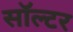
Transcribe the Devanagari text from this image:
सॉल्टर